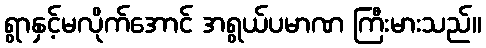
ရွာနှင့်မလိုက်အောင် အရွယ်ပမာဏ ကြီးမားသည်။